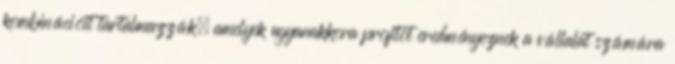
kombinációit tartalmazzák, amelyek ugyanakkora profitot eredményeznek a vállalat számára